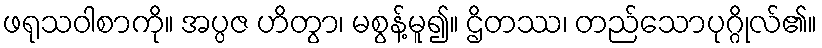
ဖရုသဝါစာကို။ အပ္ပဇ ဟိတွာ၊ မစွန့်မူ၍။ ဌိတဿ၊ တည်သောပုဂ္ဂိုလ်၏။